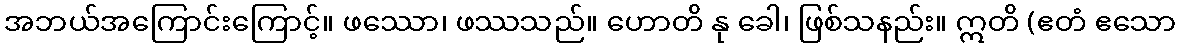
အဘယ်အကြောင်းကြောင့်။ ဖဿော၊ ဖဿသည်။ ဟောတိ နု ခေါ၊ ဖြစ်သနည်း။ ဣတိ (ဧတံ ဧသော